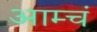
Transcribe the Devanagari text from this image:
आम्चं